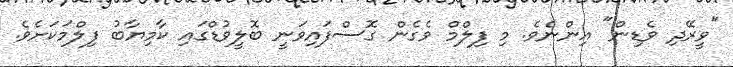
"ވީރޭދި ވެޑިން" އިންނެވެ. މި ފިލްމް ވެގެން ގޮސްފައިވަނީ ބޮލީވުޑްގައި ކާމިޔާބު ފިލްމަކަށެވެ.